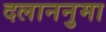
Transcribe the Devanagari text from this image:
दलाननुमा